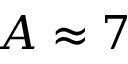
A \approx 7